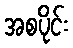
အစပိုင်း